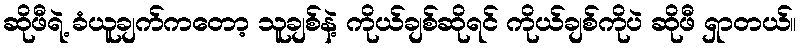
ဆိုဖီရဲ့ ခံယူချက်ကတော့ သူချစ်နဲ့ ကိုယ်ချစ်ဆိုရင် ကိုယ်ချစ်ကိုပဲ ဆိုဖီ ရှာတယ်။